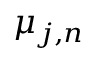
\mu _ { j , n }